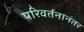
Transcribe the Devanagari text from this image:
परिवर्तनानंतर